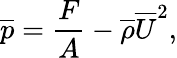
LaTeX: {\overline{{p}}}={\frac{F}{A}}-{{\overline{{\rho}}}{\overline{{U}}}^{2}},